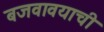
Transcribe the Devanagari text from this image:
बजवावयाची